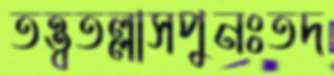
তত্ত্বতল্লাসপুনঃতদ